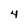
Character: 4